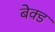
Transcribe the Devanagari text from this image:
बेक्‍ड